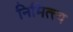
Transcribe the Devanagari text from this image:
निमित्त्य